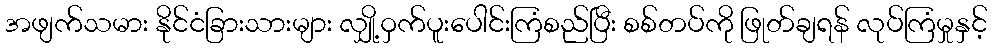
အဖျက်သမား နိုင်ငံခြားသားများ လျှို့ဝှက်ပူးပေါင်းကြံစည်ပြီး စစ်တပ်ကို ဖြုတ်ချရန် လုပ်ကြံမှုနှင့်